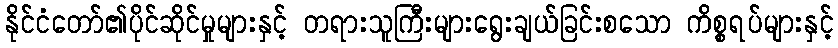
နိုင်ငံတော်၏ပိုင်ဆိုင်မှုများနှင့် တရားသူကြီးများရွေးချယ်ခြင်းစသော ကိစ္စရပ်များနှင့်